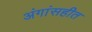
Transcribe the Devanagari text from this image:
अंगांसहीत